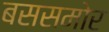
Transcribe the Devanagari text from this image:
बससमोर